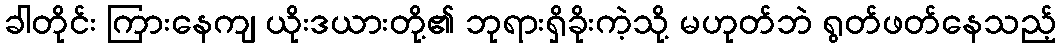
ခါတိုင်း ကြားနေကျ ယိုးဒယားတို့၏ ဘုရားရှိခိုးကဲ့သို့ မဟုတ်ဘဲ ရွတ်ဖတ်နေသည့်